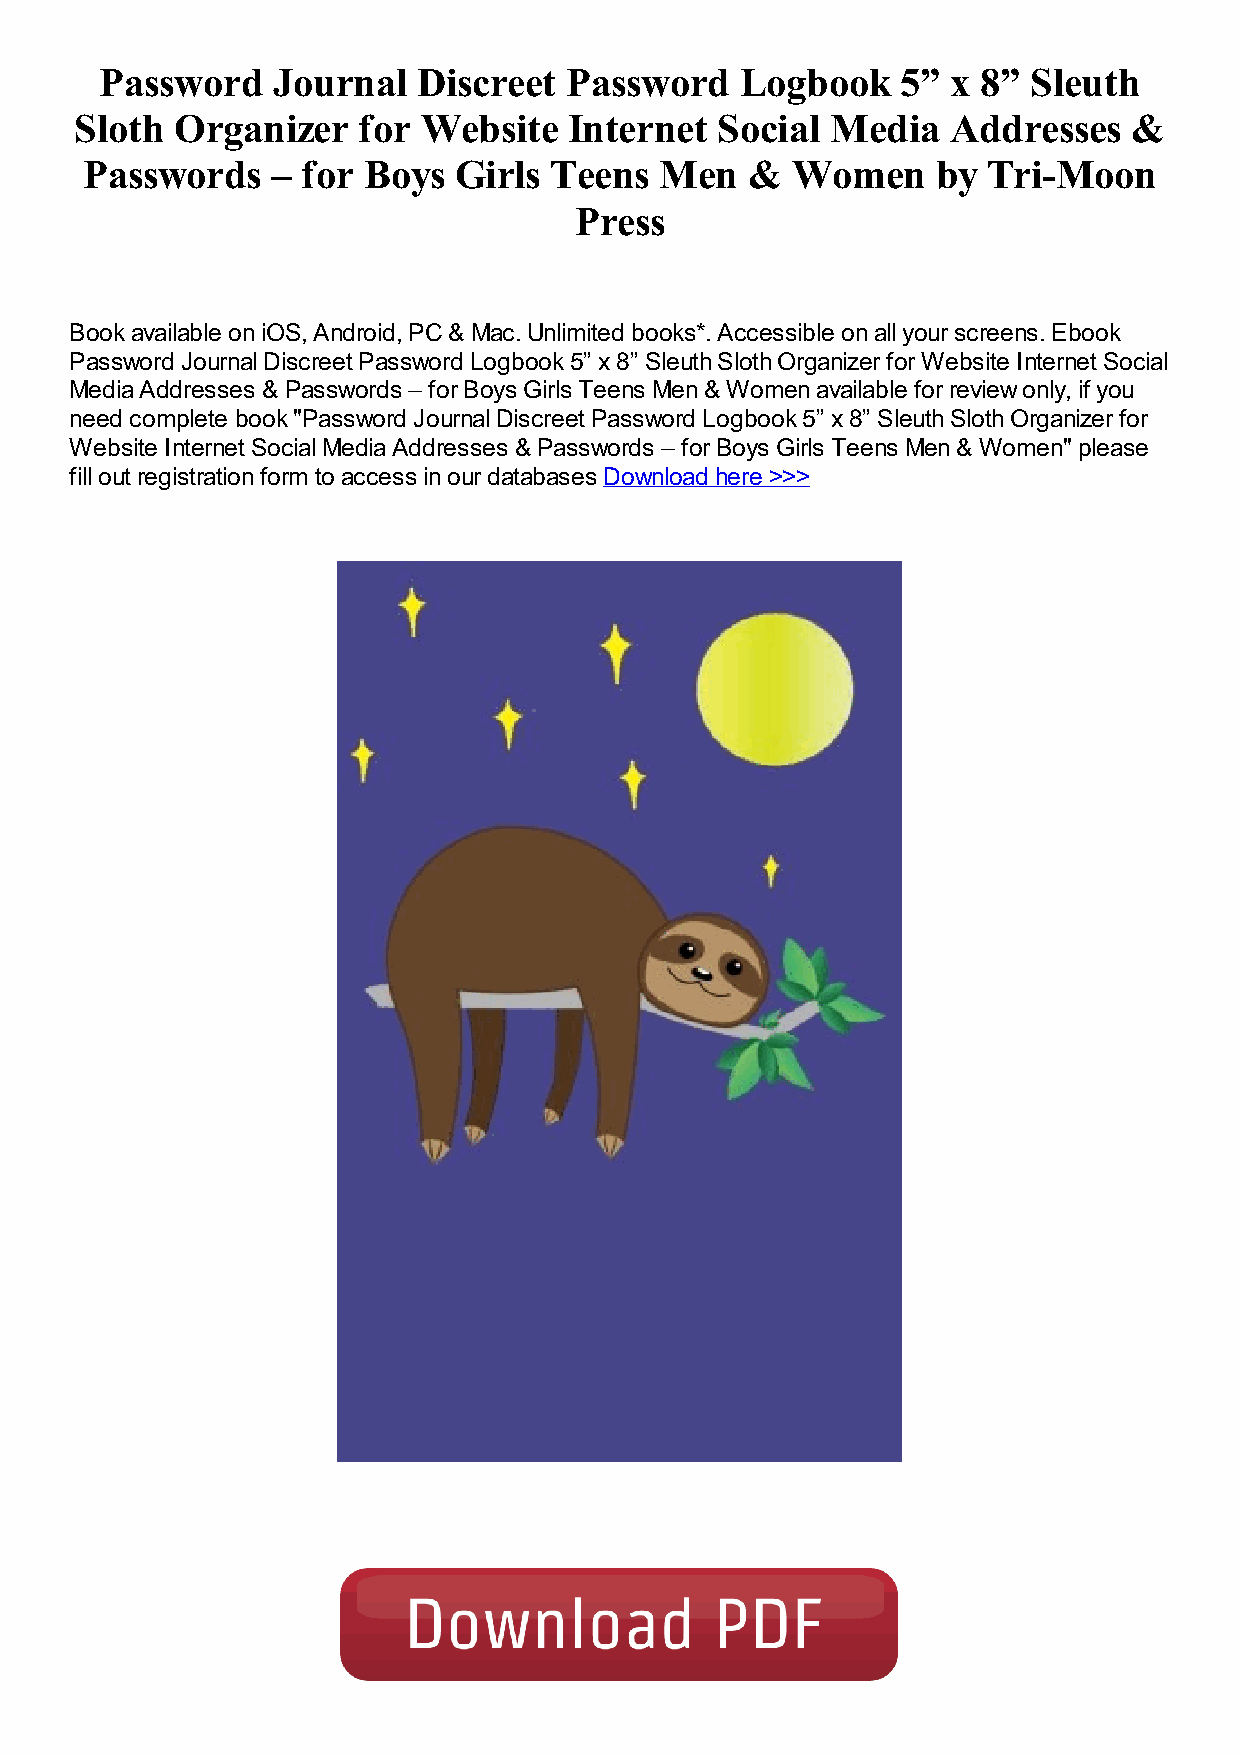
Password   Journal   Discreet Password    Logbook    5” x 8” Sleuth
 Sloth  Organizer   for Website   Internet Social  Media   Addresses   &
 Passwords    – for Boys  Girls Teens   Men   & Women     by Tri-Moon
 Press
 Book available on iOS, Android, PC & Mac. Unlimited books*. Accessible on all your screens. Ebook
 Password Journal Discreet Password Logbook 5” x 8” Sleuth Sloth Organizer for Website Internet Social
 Media Addresses & Passwords – for Boys Girls Teens Men & Women available for review only, if you
 need complete book "Password Journal Discreet Password Logbook 5” x 8” Sleuth Sloth Organizer for
 Website Internet Social Media Addresses & Passwords – for Boys Girls Teens Men & Women" please
 fill out registration form to access in our databases Download here >>>